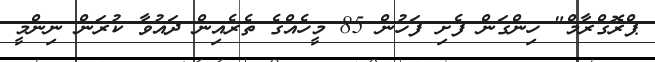
ޕްރޮގްރާމް" ހިންގަން ފެށި ފަހުން 85 މީހެއްގެ ތެރެއިން ދައުވާ ކުރަން ނިންމީ